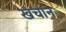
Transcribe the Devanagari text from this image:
खचान